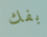
بفك